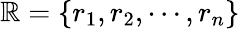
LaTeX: \mathbb{R}=\{ r_{1},r_{2},\cdots,r_{n}\}